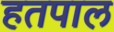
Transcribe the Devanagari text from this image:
हतपाल